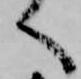
へ